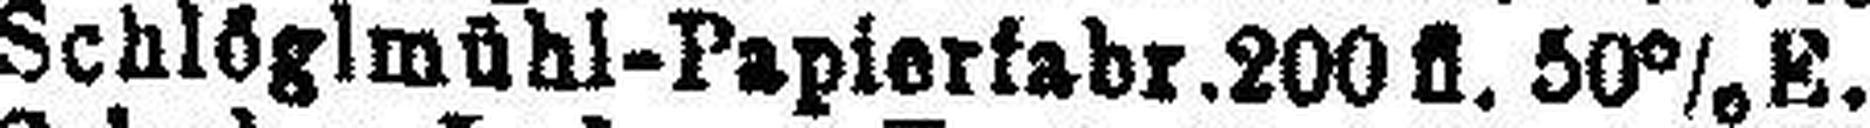
Schlöglmühl-Papierfabr.200 fl. 50% E.